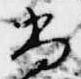
尚